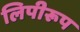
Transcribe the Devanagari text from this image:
लिपीरूप